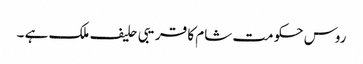
روس حکومت شام کا قریبی حلیف ملک ہے ۔